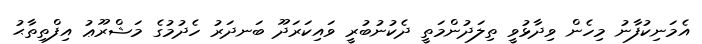
އެމަނިކުފާނު މިހެން ވިދާޅުވީ ތިލަދުންމަތީ ދެކުނުބުރީ ވައިކަރަދޫ ބަނދަރު ހެދުމުގެ މަޝްރޫޢު އިފްތިތާޙު